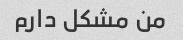
من مشکل دارم